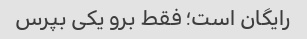
رایگان است؛ فقط برو یکی بپرس